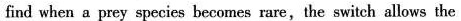
find when a prey species becomes rare ,the switch allows the